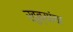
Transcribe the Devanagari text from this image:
खुब्यांचा